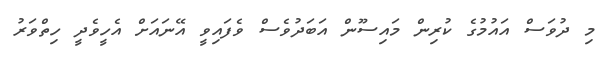
މި ދުވަސް އައުމުގެ ކުރިން މައިސޫން އަބަދުވެސް ވެފައިވީ އޭނައަށް އެހީވެދީ ހިތްވަރު